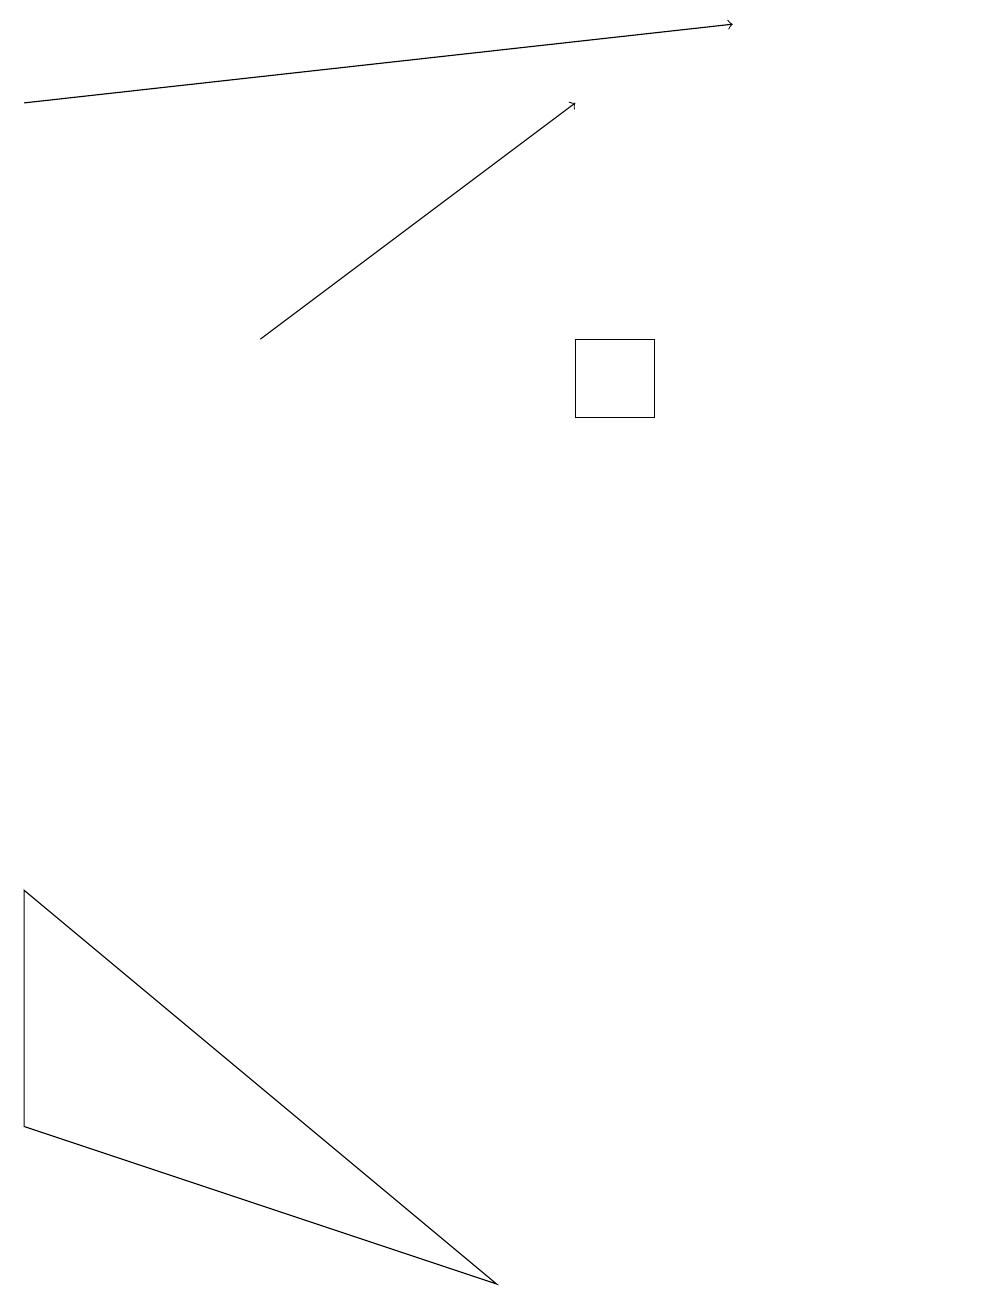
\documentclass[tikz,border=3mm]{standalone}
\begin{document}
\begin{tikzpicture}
\draw (8,13) rectangle (7,12);
\draw[->] (3,13) -- (7,16);
\draw (12,11) circle (0);
\draw[->] (0,16) -- (9,17);
\draw (0,3) -- (0,6) -- (6,1) -- cycle;
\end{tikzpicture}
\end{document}